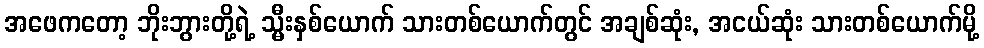
အဖေကတော့ ဘိုးဘွားတို့ရဲ့ သ္မီးနှစ်ယောက် သားတစ်ယောက်တွင် အချစ်ဆုံး, အငယ်ဆုံး သားတစ်ယောက်မို့